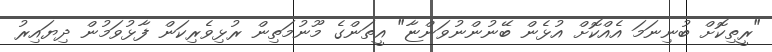
"ރީތިކޮށް ބުނިނަމަ އެއްކޮށް އުޅެން ބޭނުންނުވަންޏާ" އީތަންގެ މޫނުމަތިން ރުޅިވެރިކަން ފާޅުވަމުން ދިޔައިރު